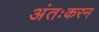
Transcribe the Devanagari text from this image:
अंतःकरन